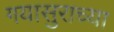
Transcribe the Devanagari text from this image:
गयासुराच्या